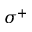
\sigma ^ { + }